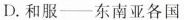
D.和服--东南亚各国